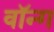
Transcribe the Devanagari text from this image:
वॉन्ग